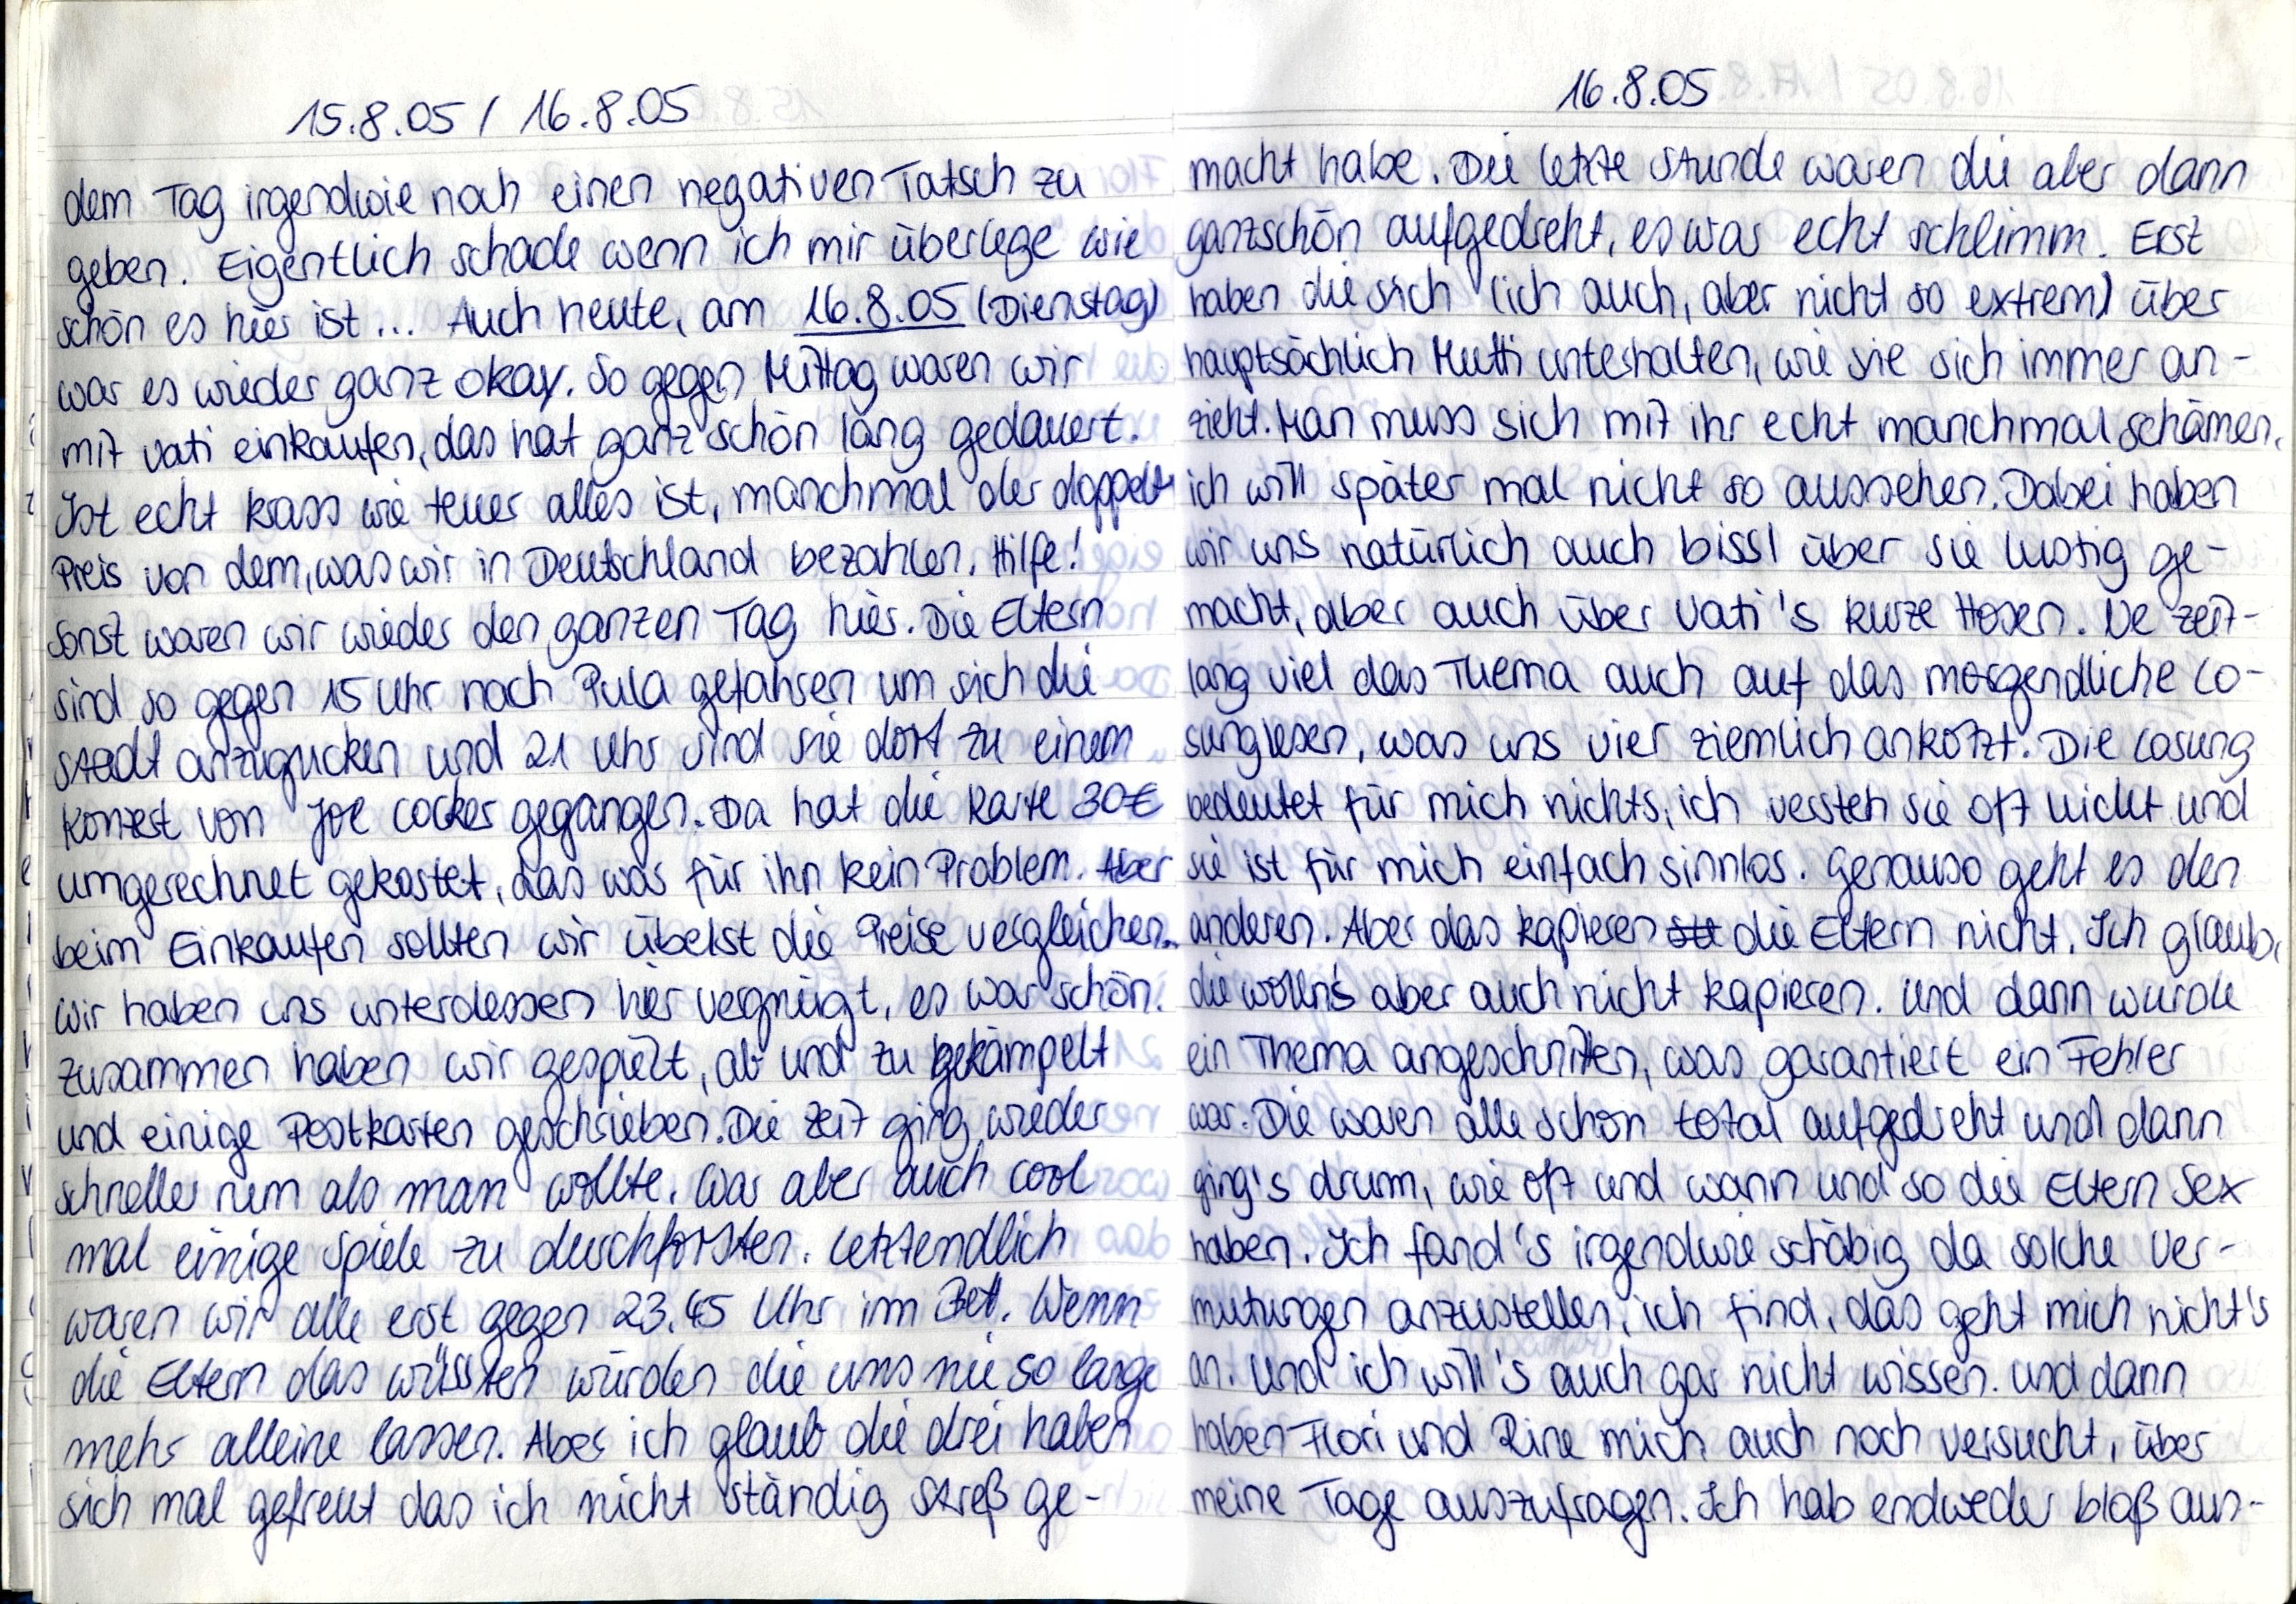
15.8.05 / 16.8.05
dem Tag irgendwie noch einen negativen Tatsch zu
geben. Eigentlich schade wenn ich mir überlege wie
schön es hier ist... Auch heute, am 16.8.05 (Dienstag)
war es wieder ganz okay. So gegen Mittag waren wir
mit Vati einkaufen, das hat ganz schön lang gedauert.
Ist echt krass wie teuer alles ist, machmal der doppelt
Preis von dem, was wir in Deutschland bezahlen. Hilfe!
Sonst waren wir wieder den ganzen Tag hier. Die Eltern
sind so gegen 15 Uhr nach Pula gefahren um sich die
Stadt anzugucken und 21 Uhr sind sie dort zu einem
Konzert von Joe Cocker gegangen. Da hat die Karte 30€
umgerechnet gekostet, das war für ihn kein Problem. Aber
beim Einkaufen sollten wir übelst die Preise vergleichen.
Wir haben uns unterdessen hier vergnügt, es war schön.
Zusammen haben wir gespielt, ab und zu gekämpelt
und einige Postkarten geschrieben. Die Zeit ging wieder
schneller rum als man wollte, war aber auch cool
mal einige Spiele zu durchforsten. Letzendlich
waren wir alle erst gegen 23.45 Uhr im Bett. Wenn
die Eltern das wüssten würden die uns nie so lange
mehr alleine lassen. Aber ich glaub die drei haben
sich mal gefreut das ich nicht ständig Streß ge-

16.8.05
macht habe. Die letzte Stunde waren die aber dann
ganzschön aufgedreht, es war echt schlimm. Erst
haben die sich (ich auch, aber nicht so extrem) über
hauptsächlich Mutti unterhalten, wie sie sich immer an-
zieht. Man muss sich mit ihr echt manchmal schämen,
ich will später mal nicht so aussehen. Dabei haben
wir uns natürlich auch bissl über sie lustig ge-
macht, aber auch über Vati's kurze Hosen. Ne zeit-
lang viel das Thema auch auf das morgendliche Lo-
sunglesen, was uns vier ziemlich ankotzt. Die Losung
bedeutet für mich nichts, ich versteh sie oft nicht und
sie ist für mich einfach sinnlos. Genauso geht es den
anderen. Aber das kapieren die Eltern nicht. Ich glaub,
die wolln's aber auch nicht kapieren. Und dann wurde
ein Thema angeschnitten, was garantiert ein Fehler
war. Die waren alle schon total aufgedreht und dann
ging's drum, wie oft und wann und so die Eltern Sex
haben. Ich fand's irgendwie schäbig da solche Ver-
mutungen anzustellen, ich find, das geht mich nicht's
an. Und ich will's auch gar nicht wissen und dann
haben Flori und Rine mich auch noch versucht, über
meine Tage auszufragen. Ich hab endweder bloß aus-